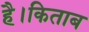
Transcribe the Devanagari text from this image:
है।किताब